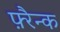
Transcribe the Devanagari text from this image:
फ़्रैन्क